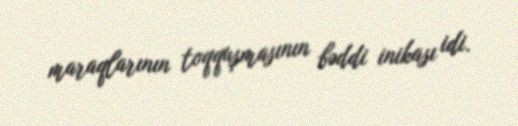
maraqlarının toqquşmasının bəddi inikası idi.